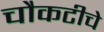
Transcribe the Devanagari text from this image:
चौकटीचे